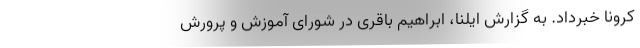
کرونا خبرداد. به گزارش ایلنا، ابراهیم باقری در شورای آموزش و پرورش